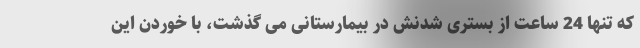
که تنها 24 ساعت از بستری شدنش در بیمارستانی می گذشت، با خوردن این